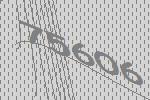
75606